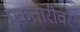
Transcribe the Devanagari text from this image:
एकतारीवर